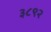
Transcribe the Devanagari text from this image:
३८९२